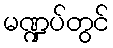
မဏ္ဍပ်တွင်